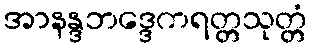
အာနန္ဒဘဒ္ဒေကရတ္တသုတ္တံ